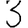
Digit: 3